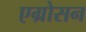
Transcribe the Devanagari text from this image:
एग्रोसन